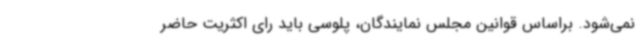
نمی‌شود. براساس قوانین مجلس نمایندگان، پلوسی باید رای اکثریت حاضر